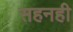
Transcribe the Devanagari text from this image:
सहनही